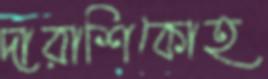
দারাশিকোহ